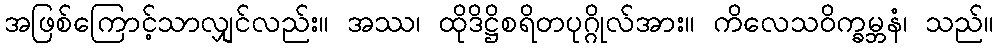
အဖြစ်ကြောင့်သာလျှင်လည်း။ အဿ၊ ထိုဒိဋ္ဌိစရိတပုဂ္ဂိုလ်အား။ ကိလေသဝိက္ခမ္ဘနံ၊ သည်။